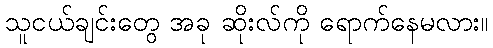
သူငယ်ချင်းတွေ အခု ဆိုးလ်ကို ရောက်နေမလား။